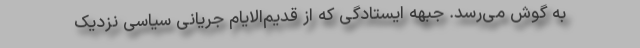
به گوش می‌رسد. جبهه ایستادگی که از قدیم‌الایام جریانی سیاسی نزدیک